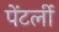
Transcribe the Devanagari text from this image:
पेंटर्ली